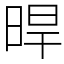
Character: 晘